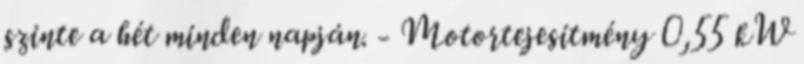
szinte a hét minden napján. - Motortejesitmény 0,55 kW